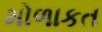
મોળાકત